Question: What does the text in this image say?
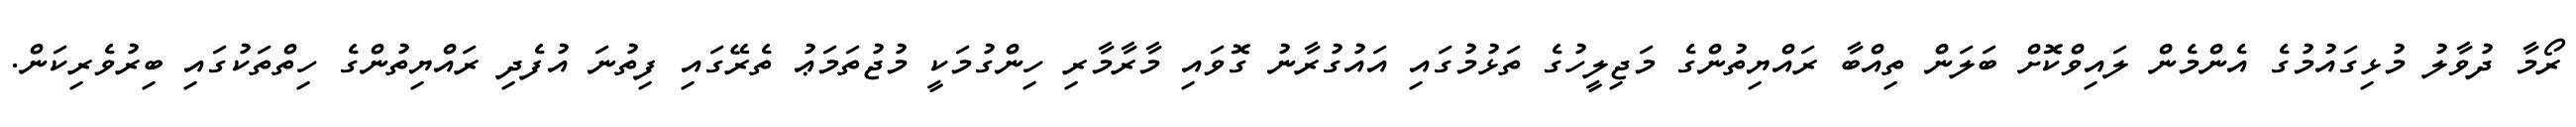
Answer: ރޯމާ ދުވާލު މުޅިގައުމުގެ އެންމެން ލައިވްކޮށް ބަލަން ތިއްބާ ރައްޔިތުންގެ މަޖިލީހުގެ ތަޅުމުގައި އައުގުރާނު ގޮވައި މާރާމާރި ހިންގުމަކީ މުޖުތަމަޢު ތެރޭގައި ފިތުނަ އުފެދި ރައްޔިތުންގެ ހިތްތަކުގައި ބިރުވެރިކަން.